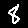
Digit: 8